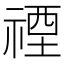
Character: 禋